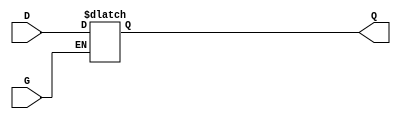
module gated_latch (
    input wire D,      // Data Input
    input wire G,      // Enable Signal
    output reg Q       // Output
);

    always @* begin
        if (G) begin
            Q = D;     // When G is HIGH, Q follows D
        end
        // When G is LOW, Q retains its previous value
    end

endmodule